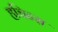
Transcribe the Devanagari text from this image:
हचिन्स